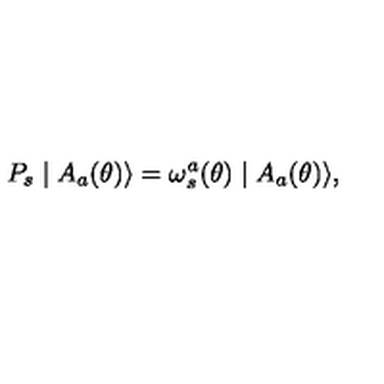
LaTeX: P _ { s } \mid A _ { a } ( \theta ) \rangle = \omega _ { s } ^ { a } ( \theta ) \mid A _ { a } ( \theta ) \rangle ,